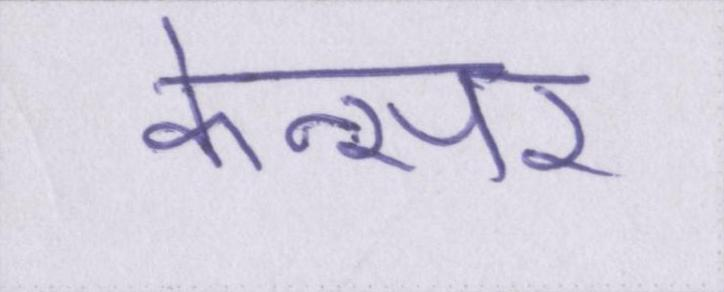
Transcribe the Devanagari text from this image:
केन्सर